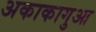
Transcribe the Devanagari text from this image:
अकाकागुआ